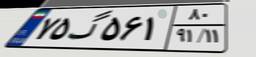
۷۵گ۵۶۱۸۰